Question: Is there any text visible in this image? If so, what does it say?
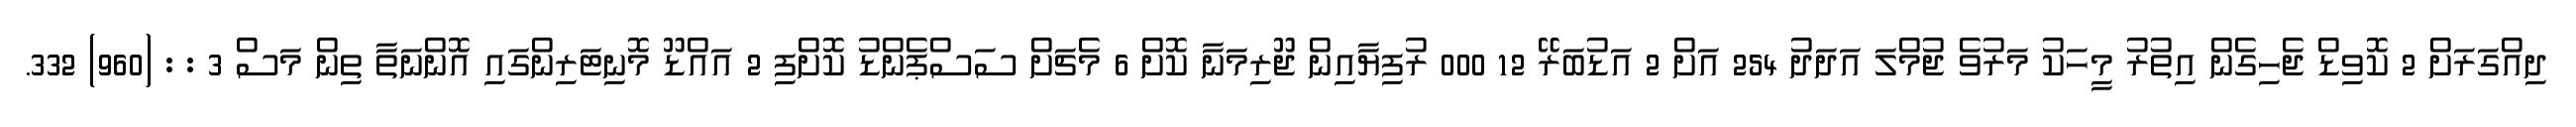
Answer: ދިއްގަރަށް 2 ކޮވިޑް ޖެހިގެން އިތުރު މީހަކު މަރުވެ ޖުމްލަ އަދަދު 254 އަށް 2 އަޑުބަރޭ 12 000 ރުފިޔާއިން ޖޫރިމަނާ ކޮށް 6 މެޗަށް ސަސްޕެންޑު ކޮށްފި 2 އައްޑޫ މޮނިޓަރިންގައި އޮންނަތާ ތިން މަސް 3 : : (960) 332.